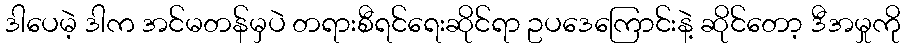
ဒါပေမဲ့ ဒါက အင်မတန်မှပဲ တရားစီရင်ရေးဆိုင်ရာ ဥပဒေကြောင်းနဲ့ ဆိုင်တော့ ဒီအမှုကို